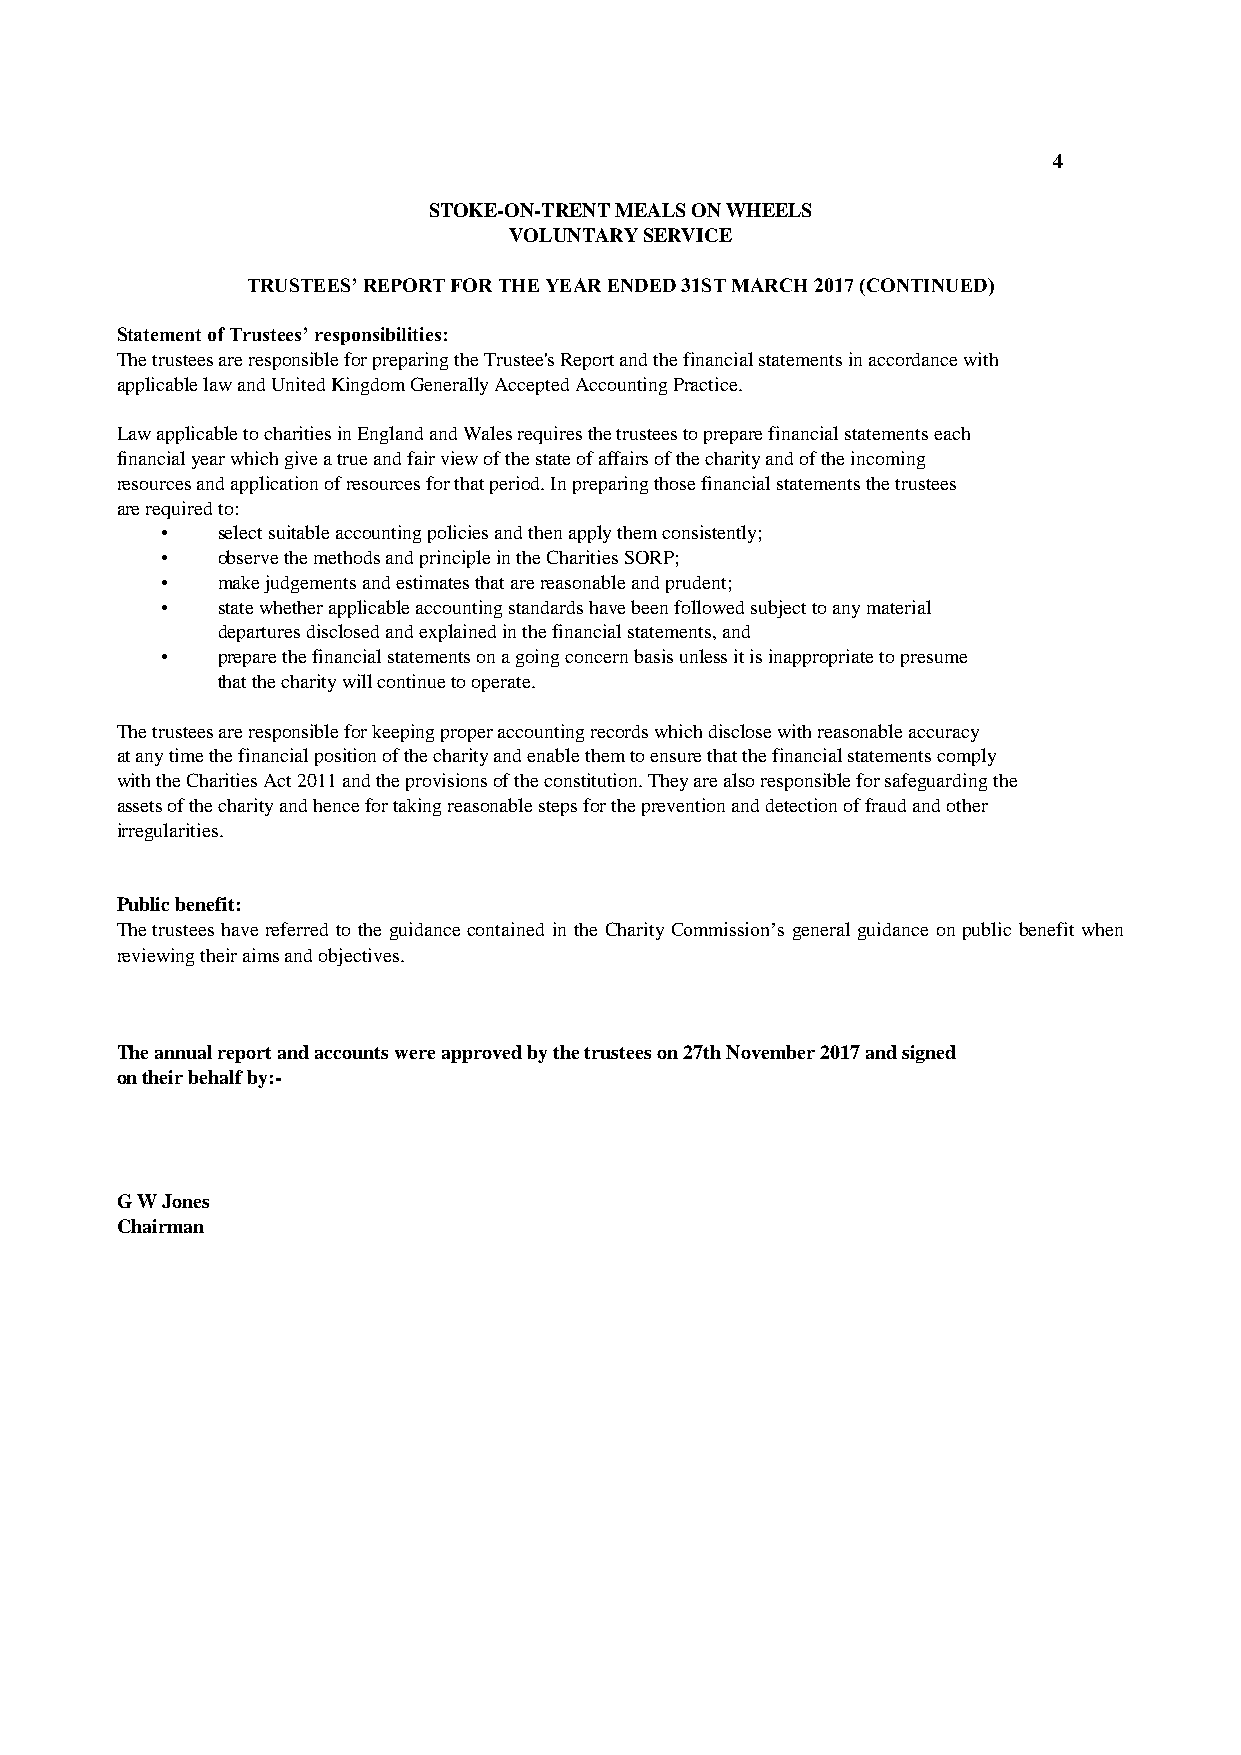
4
 STOKE-ON-TRENT MEALS ON WHEELS
 VOLUNTARY SERVICE
 TRUSTEES’ REPORT FOR THE YEAR ENDED 31ST MARCH 2017 (CONTINUED)
 Statement of Trustees’ responsibilities:
 The trustees are responsible for preparing the Trustee's Report and the financial statements in accordance with
 applicable law and United Kingdom Generally Accepted Accounting Practice.
 Law applicable to charities in England and Wales requires the trustees to prepare financial statements each
 financial year which give a true and fair view of the state of affairs of the charity and of the incoming
 resources and application of resources for that period. In preparing those financial statements the trustees
 are required to:
 •  select suitable accounting policies and then apply them consistently;
 •  observe the methods and principle in the Charities SORP;
 •  make judgements and estimates that are reasonable and prudent;
 •  state whether applicable accounting standards have been followed subject to any material
 departures disclosed and explained in the financial statements, and
 •  prepare the financial statements on a going concern basis unless it is inappropriate to presume
 that the charity will continue to operate.
 The trustees are responsible for keeping proper accounting records which disclose with reasonable accuracy
 at any time the financial position of the charity and enable them to ensure that the financial statements comply
 with the Charities Act 2011 and the provisions of the constitution. They are also responsible for safeguarding the
 assets of the charity and hence for taking reasonable steps for the prevention and detection of fraud and other
 irregularities.
 Public benefit:
 The trustees have referred tothe guidance contained in the CharityCommission’s general guidance onpublic benefitwhen
 reviewing their aims and objectives.
 The annual report and accounts were approved by the trustees on 27th November 2017 and signed
 on their behalf by:-
 G W Jones
 Chairman